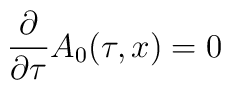
\frac{\partial}{\partial\tau}A_0(\tau,x)=0